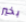
بخير